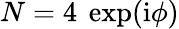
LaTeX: N=4~\exp(\mathrm{i}\phi)